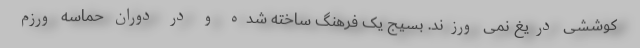
کوششی دریغ نمی ورزند. بسیج یک فرهنگ ساخته شده و در دوران حماسه ورزم